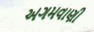
અગમવાણી